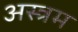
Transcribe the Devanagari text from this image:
अस्त्रम